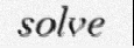
solve